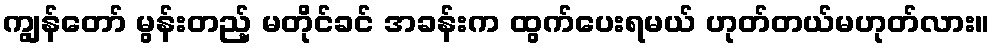
ကျွန်တော် မွန်းတည့် မတိုင်ခင် အခန်းက ထွက်ပေးရမယ် ဟုတ်တယ်မဟုတ်လား။